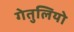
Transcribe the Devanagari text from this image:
गेतुलियो